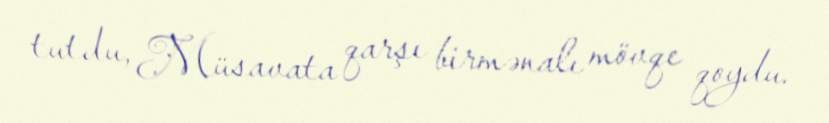
tutdu, Müsavata qarşı birmənalı mövqe qoydu.